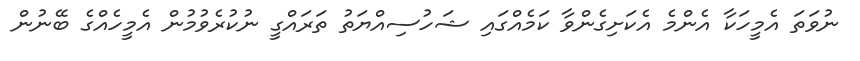
ނުވަތަ އެމީހަކާ އެންމެ އެކަށިގެންވާ ކަމެއްގައި ޝަހުސިއްޔަތު ތަރައްގީ ނުކުރެވުމުން އެމީހެއްގެ ބޭނުން